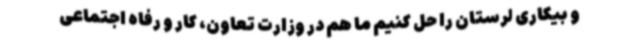
و بیکاری لرستان را حل کنیم ما هم در وزارت تعاون، کار و رفاه اجتماعی